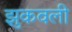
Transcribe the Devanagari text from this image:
झुकवली